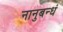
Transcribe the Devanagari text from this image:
नानुबन्धं